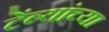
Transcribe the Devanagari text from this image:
टेंब्यांच्या